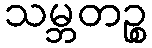
သမ္ဘတဉ္စ